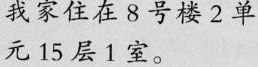
我家住在8号楼2单元15层1室。